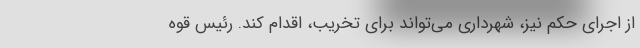
از اجرای حکم نیز، شهرداری می‌تواند برای تخریب، اقدام کند. رئیس قوه